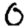
Digit: 0